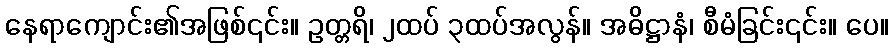
နေရာကျောင်း၏အဖြစ်၎င်း။ ဥတ္တရိ၊ ၂ထပ် ၃ထပ်အလွန်။ အဓိဋ္ဌာနံ၊ စီမံခြင်း၎င်း။ ပေ။